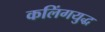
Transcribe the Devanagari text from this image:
कलिंगयुद्ध